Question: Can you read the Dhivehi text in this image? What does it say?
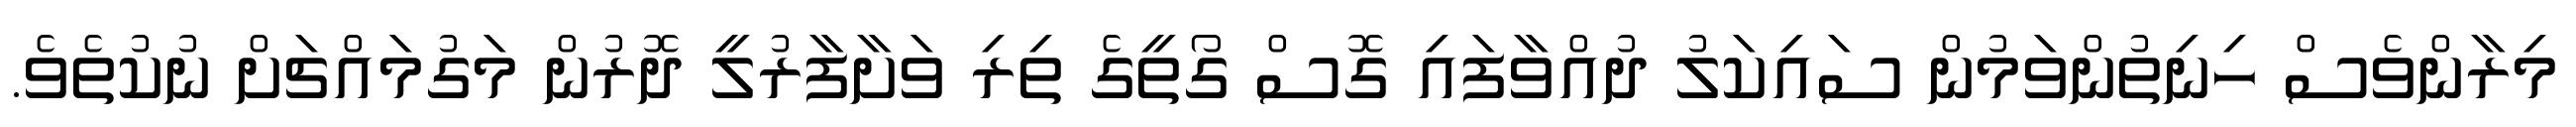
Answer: މިރާންވެސް ހިނިތުންވަމުން ސައިކަލު ދުއްވާފައި ގޮސް ގޯތީގެ ތިރި ވަށާފާރުލީ ދޮރުން މަގުމައްޗަށް ނުކުތެވެ.